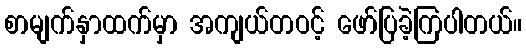
စာမျက်နှာထက်မှာ အကျယ်တဝင့် ဖော်ပြခဲ့ကြပါတယ်။